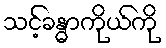
သင့်ခန္ဓာကိုယ်ကို